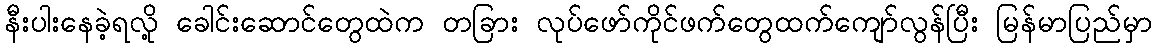
နီးပါးနေခဲ့ရလို့ ခေါင်းဆောင်တွေထဲက တခြား လုပ်ဖော်ကိုင်ဖက်တွေထက်ကျော်လွန်ပြီး မြန်မာပြည်မှာ